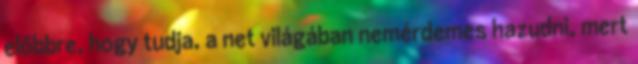
előbbre, hogy tudja, a net világában nemérdemes hazudni, mert